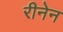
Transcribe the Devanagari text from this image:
रीनेन